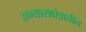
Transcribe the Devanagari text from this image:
अभ्यासक्षेत्रातील